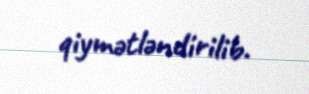
qiymətləndirilib.